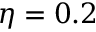
\eta = 0 . 2